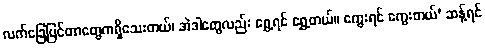
လက်ခြေပြင်တာတွေကရှိသေးတယ်၊ အဲဒါတွေလည်း ရွှေ့ရင် ရွှေ့တယ်။ ကွေးရင် ကွေးတယ်’ ဆန့်ရင်